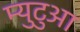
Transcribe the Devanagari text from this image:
म्युटुआ